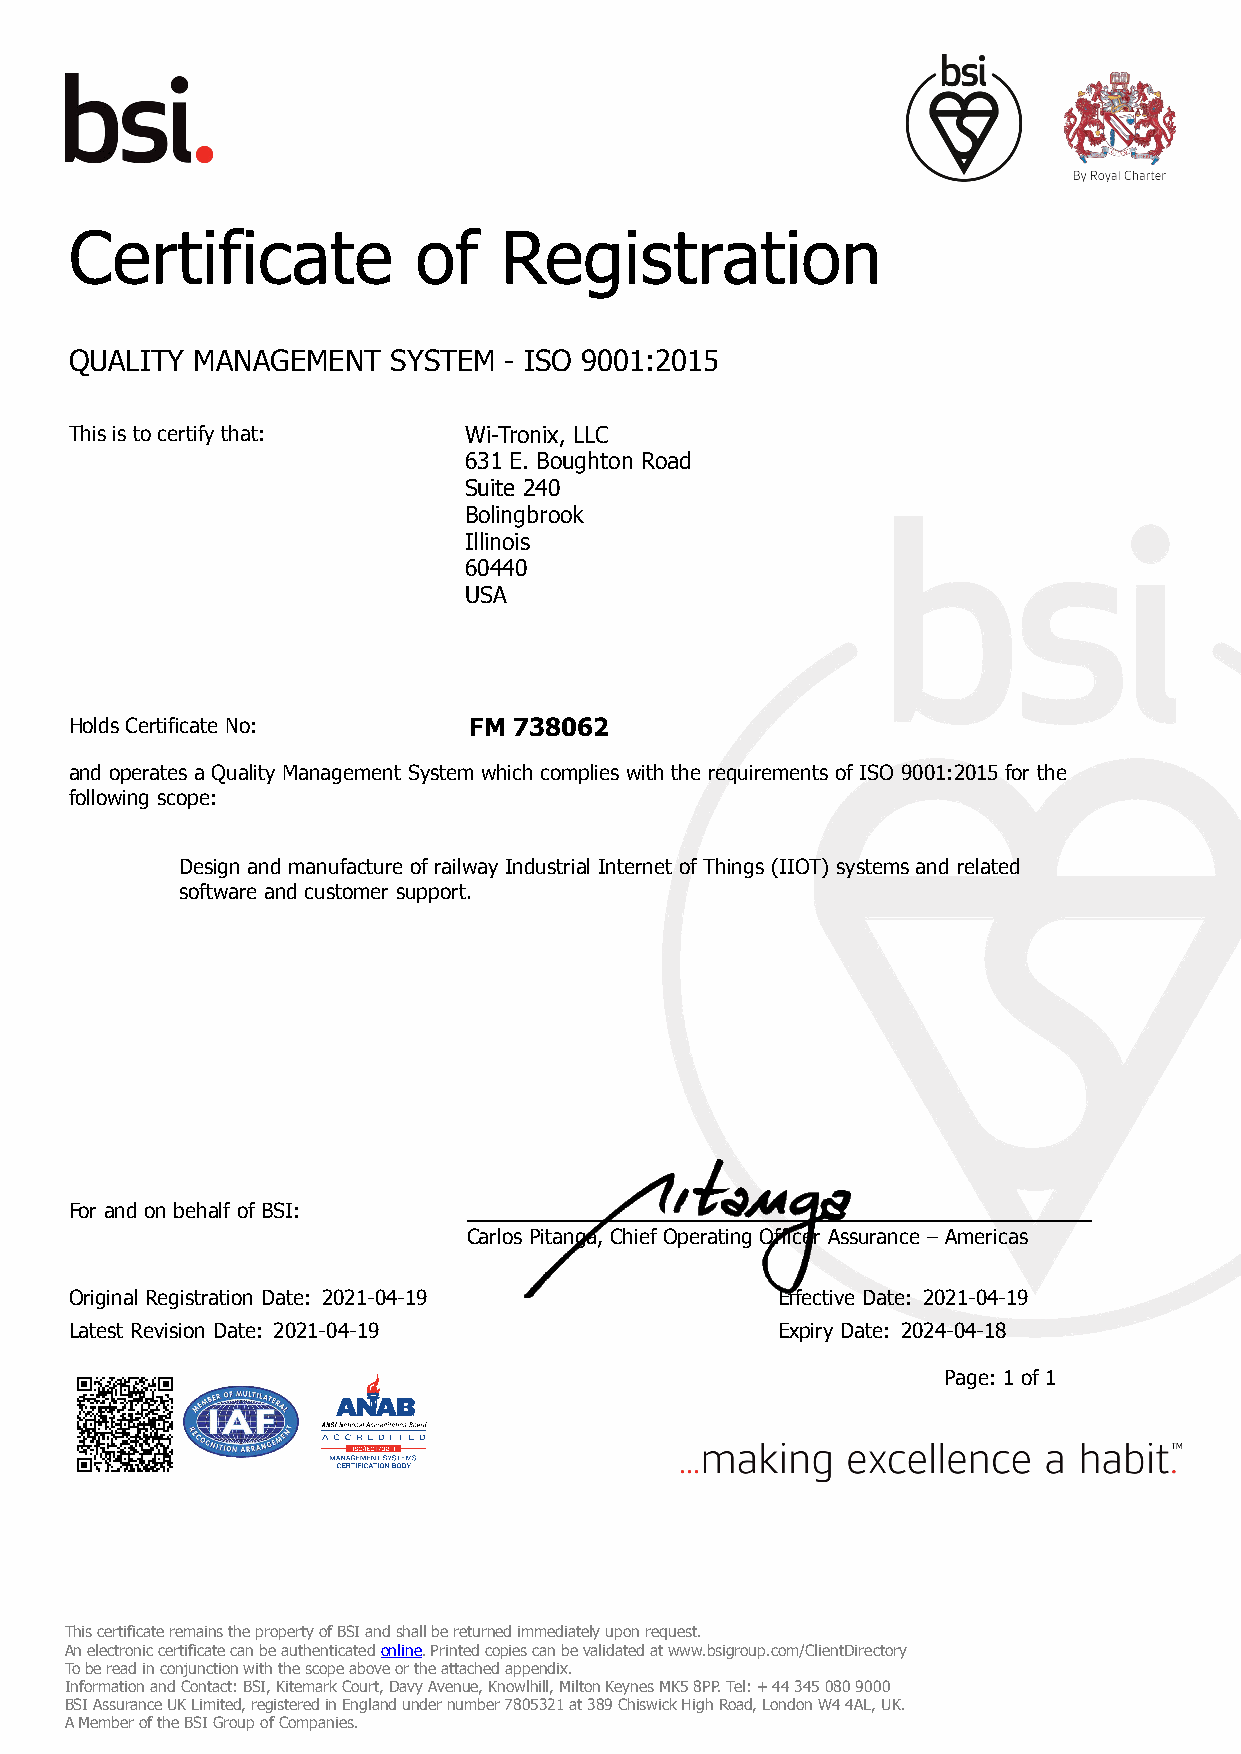
Certificate           of    Registration
 QUALITY MANAGEMENT   SYSTEM - ISO 9001:2015
 This is to certify that:  Wi-Tronix, LLC
 631 E. Boughton Road
 Suite 240
 Bolingbrook
 Illinois
 60440
 USA
 Holds Certificate No:     FM 738062
 and operates a Quality Management System which complies with the requirements of ISO 9001:2015 for the
 following scope:
 Design and manufacture of railway Industrial Internet of Things (IIOT) systems and related
 software and customer support.
 For and on behalf of BSI:
 Carlos Pitanga, Chief Operating Officer Assurance – Americas
 Original Registration Date: 2021-04-19        Effective Date: 2021-04-19
 Latest Revision Date: 2021-04-19              Expiry Date: 2024-04-18
 Page: 1 of 1
 This certificate remains the property of BSI and shall be returned immediately upon request.
 An electronic certificate can be authenticated online. Printed copies can be validated at www.bsigroup.com/ClientDirectory
 To be read in conjunction with the scope above or the attached appendix.
 Information and Contact: BSI, Kitemark Court, Davy Avenue, Knowlhill, Milton Keynes MK5 8PP. Tel: + 44 345 080 9000
 BSI Assurance UK Limited, registered in England under number 7805321 at 389 Chiswick High Road, London W4 4AL, UK.
 A Member of the BSI Group of Companies.